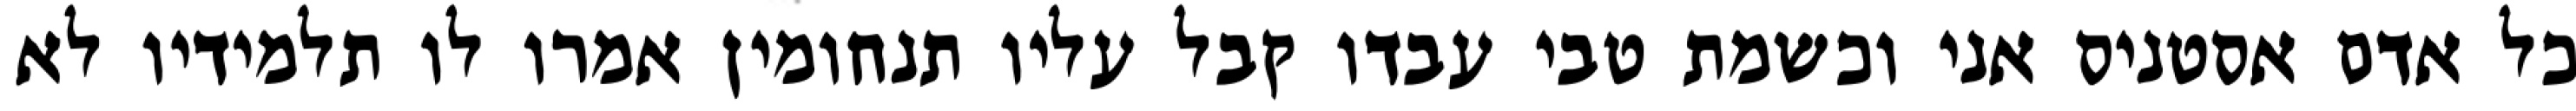
כל אדם אסטניס אני וכשמת טבי עבדו קבל עליו תנחומין אמרו לו תלמידיו לא